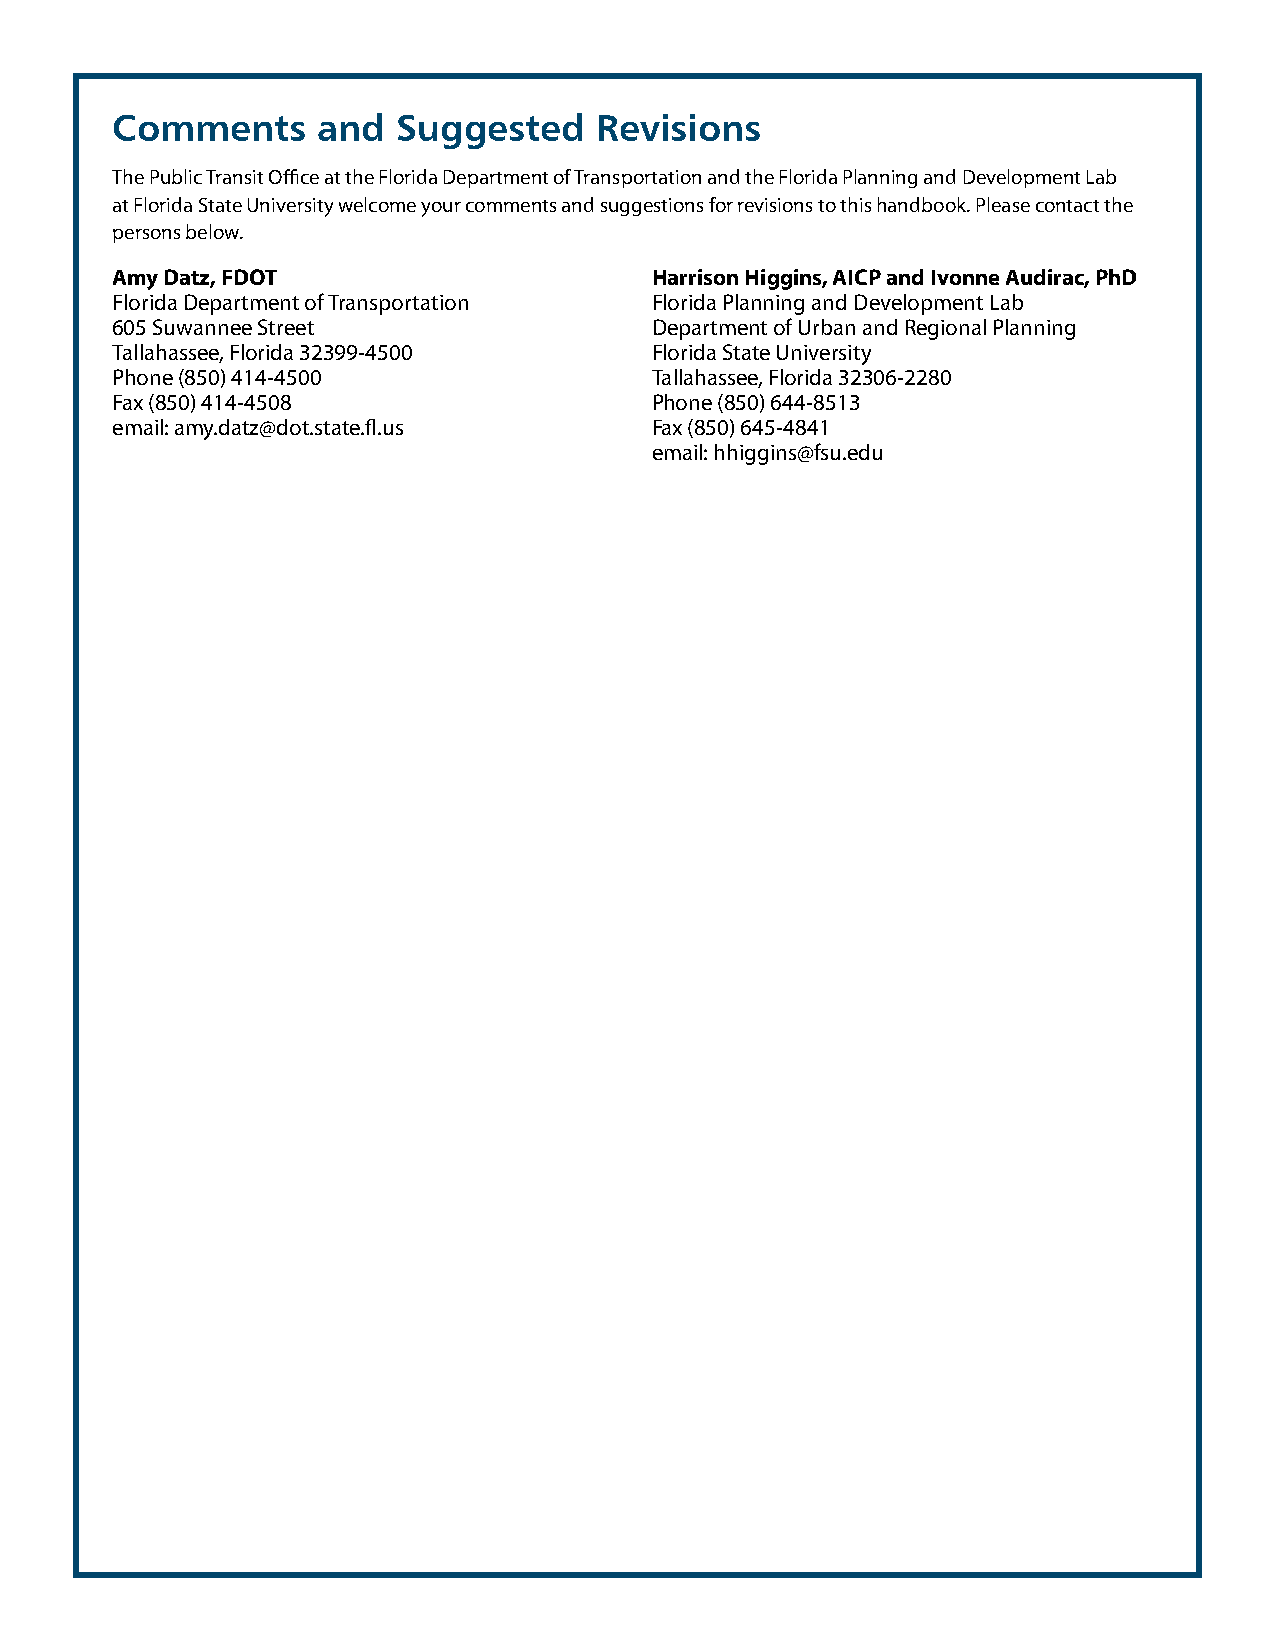
Comments      and  Suggested    Revisions
 The Public Transit Office at the Florida Department of Transportation and the Florida Planning and Development Lab
 at Florida State University welcome your comments and suggestions for revisions to this handbook. Please contact the
 persons below.
 Amy Datz, FDOT                      Harrison Higgins, AICP and Ivonne Audirac, PhD
 Florida Department of Transportation Florida Planning and Development Lab
 605 Suwannee Street                 Department of Urban and Regional Planning
 Tallahassee, Florida 32399-4500     Florida State University
 Phone (850) 414-4500                Tallahassee, Florida 32306-2280
 Fax (850) 414-4508                  Phone (850) 644-8513
 email: amy.datz@dot.state.fl.us     Fax (850) 645-4841
 email: hhiggins@fsu.edu